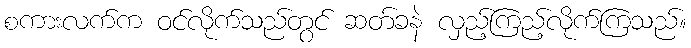
စကားလက်က ဝင်လိုက်သည်တွင် ဆတ်ခနဲ လှည့်ကြည့်လိုက်ကြသည်။